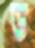
ড